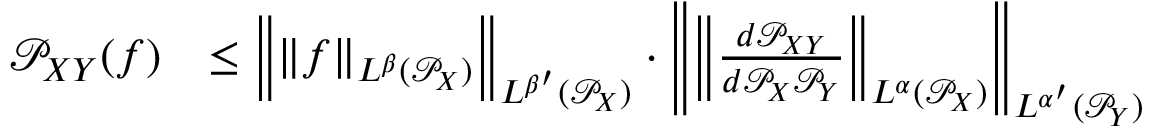
\begin{array} { r l } { \mathcal { P } _ { X Y } ( f ) } & { \leq \left\lVert \left\lVert f \right\rVert _ { L ^ { \beta } ( \mathcal { P } _ { X } ) } \right\rVert _ { L ^ { \beta ^ { \prime } } ( \mathcal { P } _ { X } ) } \cdot \left\lVert \left\lVert \frac { d \mathcal { P } _ { X Y } } { d \mathcal { P } _ { X } \mathcal { P } _ { Y } } \right\rVert _ { L ^ { \alpha } ( \mathcal { P } _ { X } ) } \right\rVert _ { L ^ { \alpha ^ { \prime } } ( \mathcal { P } _ { Y } ) } } \end{array}